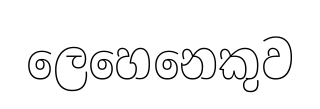
ලෙහෙනෙකුව